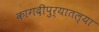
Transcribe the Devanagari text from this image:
कागदीपुर्‍यातल्या